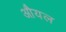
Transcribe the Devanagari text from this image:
औयल